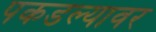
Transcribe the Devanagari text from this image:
पकडल्यावर